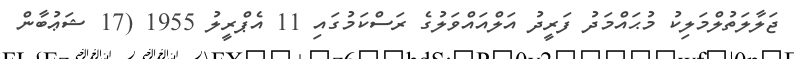
ޖަލާލަތުލްމަލިކު މުޙައްމަދު ފަރީދު އަލްއައްވަލުގެ ރަސްކަމުގައި 11 އެޕްރީލު 1955 (17 ޝަޢުބާން